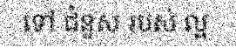
ទៅ ជំនួស របស់ ល្អ